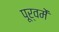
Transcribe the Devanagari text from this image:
पूर्वमें